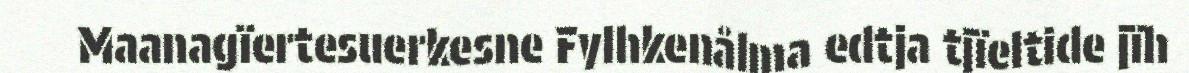
Maanagïertesuerkesne Fylhkenålma edtja tjïeltide jïh